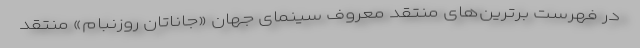
در فهرست برترین‌های منتقد معروف سینمای جهان «جاناتان روزنبام» منتقد